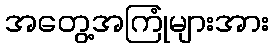
အတွေ့အကြုံများအား